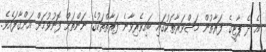
އެ ދެ ޕާޓީގެ ފަރާތުން މަޝްވަރާތަކުގައި ބައިވެރިވާނެ ފަރާތްތަކުގެ ނަންތަށް ފޮނުވުމަށް އަންގާފައެވެ.